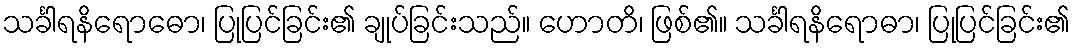
သင်္ခါရနိရောဓော၊ ပြုပြင်ခြင်း၏ ချုပ်ခြင်းသည်။ ဟောတိ၊ ဖြစ်၏။ သင်္ခါရနိရောဓာ၊ ပြုပြင်ခြင်း၏